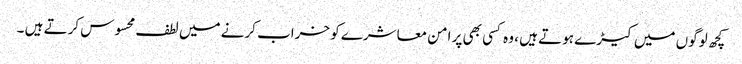
کچھ لوگوں میں کیڑے ہوتے ہیں ، وہ کسی بھی پر امن معاشرے کو خراب کرنے میں لطف محسوس کرتے ہیں ۔